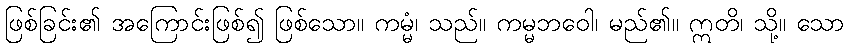
ဖြစ်ခြင်း၏ အကြောင်းဖြစ်၍ ဖြစ်သော။ ကမ္မံ၊ သည်။ ကမ္မဘဝေါ၊ မည်၏။ ဣတိ၊ သို့။ သော